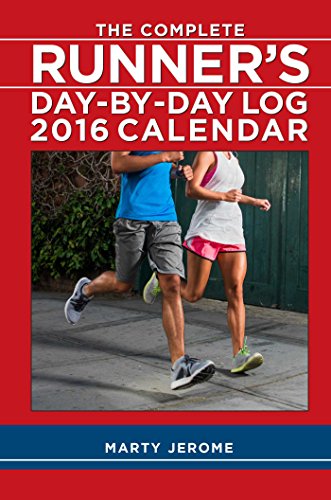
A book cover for The Complete Runner's Day-by-Day Log 2016 Calendar; Marty Jerome; Calendars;